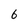
Character: 6